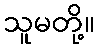
သူမတို့။